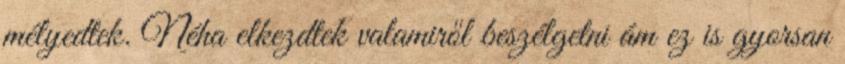
mélyedtek. Néha elkezdtek valamiről beszélgetni ám ez is gyorsan